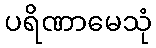
ပရိဏာမေသုံ